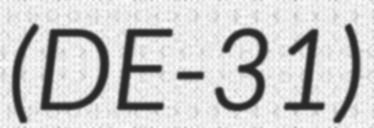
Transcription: (DE-31)